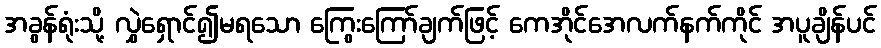
အခွန်ရုံးသို့ လွှဲရှောင်၍မရသော ကြွေးကြော်ချက်ဖြင့် ကေအိုင်အေလက်နက်ကိုင် အပူချိန်ပင်